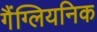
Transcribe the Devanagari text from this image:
गैंग्लियनिक